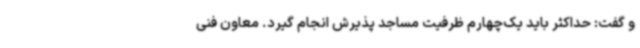
و گفت: حداکثر باید یک‌چهارم ظرفیت مساجد پذیرش انجام گیرد. معاون فنی